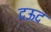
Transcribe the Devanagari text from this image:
दऊद